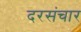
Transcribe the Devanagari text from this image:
दरसंचार